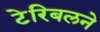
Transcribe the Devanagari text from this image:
टेरिबलने